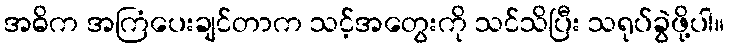
အဓိက အကြံပေးချင်တာက သင့်အတွေးကို သင်သိပြီး သရုပ်ခွဲဖို့ပါ။